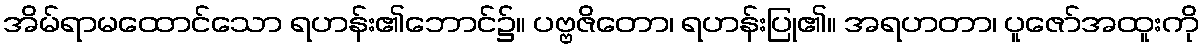
အိမ်ရာမထောင်သော ရဟန်း၏ဘောင်၌။ ပဗ္ဗဇိတော၊ ရဟန်းပြု၏။ အရဟတာ၊ ပူဇော်အထူးကို